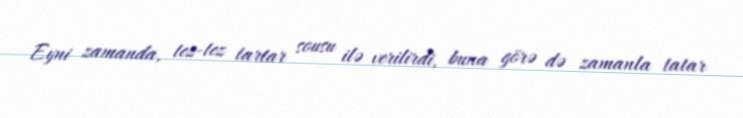
Eyni zamanda, tez-tez tartar sousu ilə verilirdi, buna görə də zamanla tatar